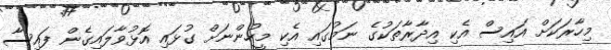
މިހާރަކަށް އައިސް އެކި އިދާރާތަކުގެ ނަމުގައި އެކި މީހުންނަށް ގުޅައި އޮޅުވާލައިގެން ފައިސާ